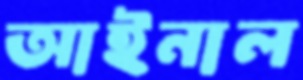
আইনাল